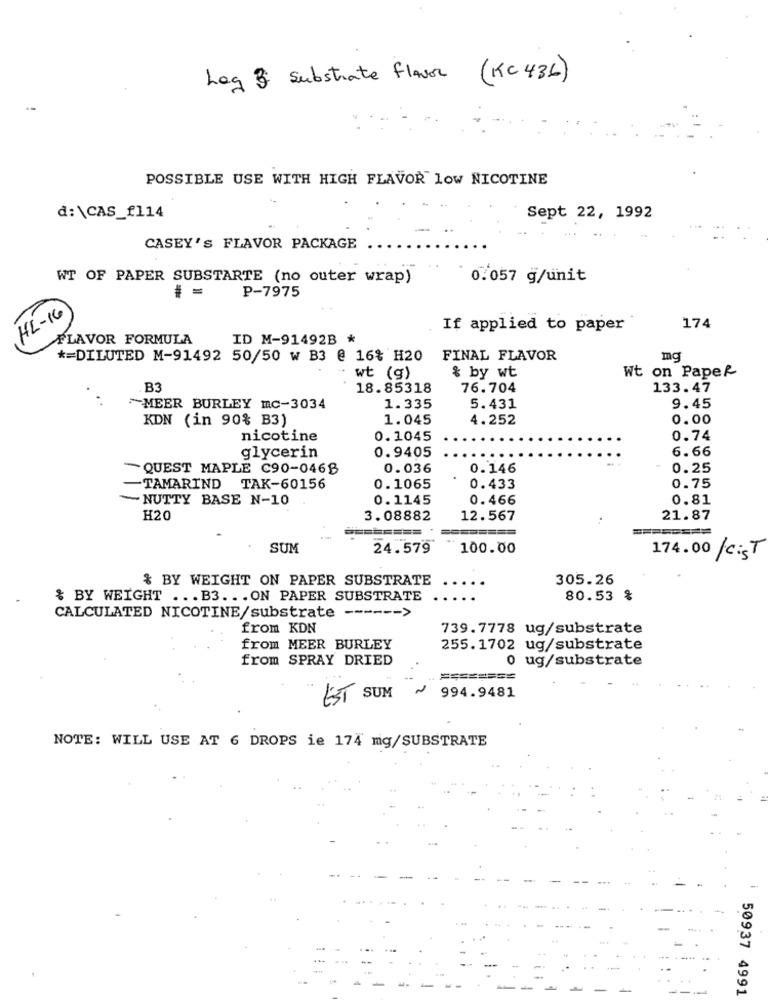
Log 3: Substrate flavor (KC 436)
POSSIBLE USE WITH HIGH FLAVOR low NICOTINE
d:\CAS_f114
Sept 22, 1992
CASEY'S FLAVOR PACKAGE
WT OF PAPER SUBSTARTE (no outer wrap)
0.057 g/unit
P-7975
HL- 16
If applied to paper
174
FLAVOR FORMULA
ID M-91492B *
*= DILUTED M-91492 50/50 w B3 @ 16% H20
FINAL FLAVOR
mg
Wt on Paper
wt (g)
& by wt
B3
18.85318
76.704
133.47
~MEER BURLEY mc-3034
1.335
5.431
9.45
KDN (in 90% B3)
1.045
4.252
0.00
nicotine
0.1045
0.74
glycerin
0.9405
6.66
- QUEST MAPLE C90-046B
0.036
0.146
0.25
-TAMARIND TAK-60156
0.1065
0.433
0.75
-NUTTY BASE N-10
0.1145
0.466
0.81
H20
3.08882
12.567
21.87
===
SUM
24.579
100.00
174.00 /Cist
& BY WEIGHT ON PAPER SUBSTRATE
305.26
$ BY WEIGHT ... B3. .. ON PAPER SUBSTRATE
80.53 %
CALCULATED NICOTINE/substrate ------ >
from KDN
739.7778 ug/substrate
from MEER BURLEY
255.1702 ug/substrate
from SPRAY DRIED
0 ug/substrate
=====
EST SUM
994.9481
NOTE: WILL USE AT 6 DROPS ie 174 mig/SUBSTRATE
...
-
50937 4991